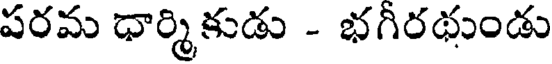
పరమ ధార్మికుడు - భగీరథుండు